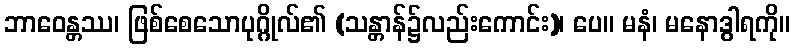
ဘာဝေန္တဿ၊ ဖြစ်စေသောပုဂ္ဂိုလ်၏ (သန္တာန်၌လည်းကောင်း)၊ ပေ။ မနံ၊ မနောဒွါရကို။